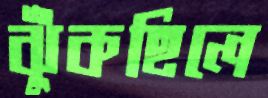
ঝুঁকছিলে